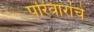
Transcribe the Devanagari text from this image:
परिवारांचे